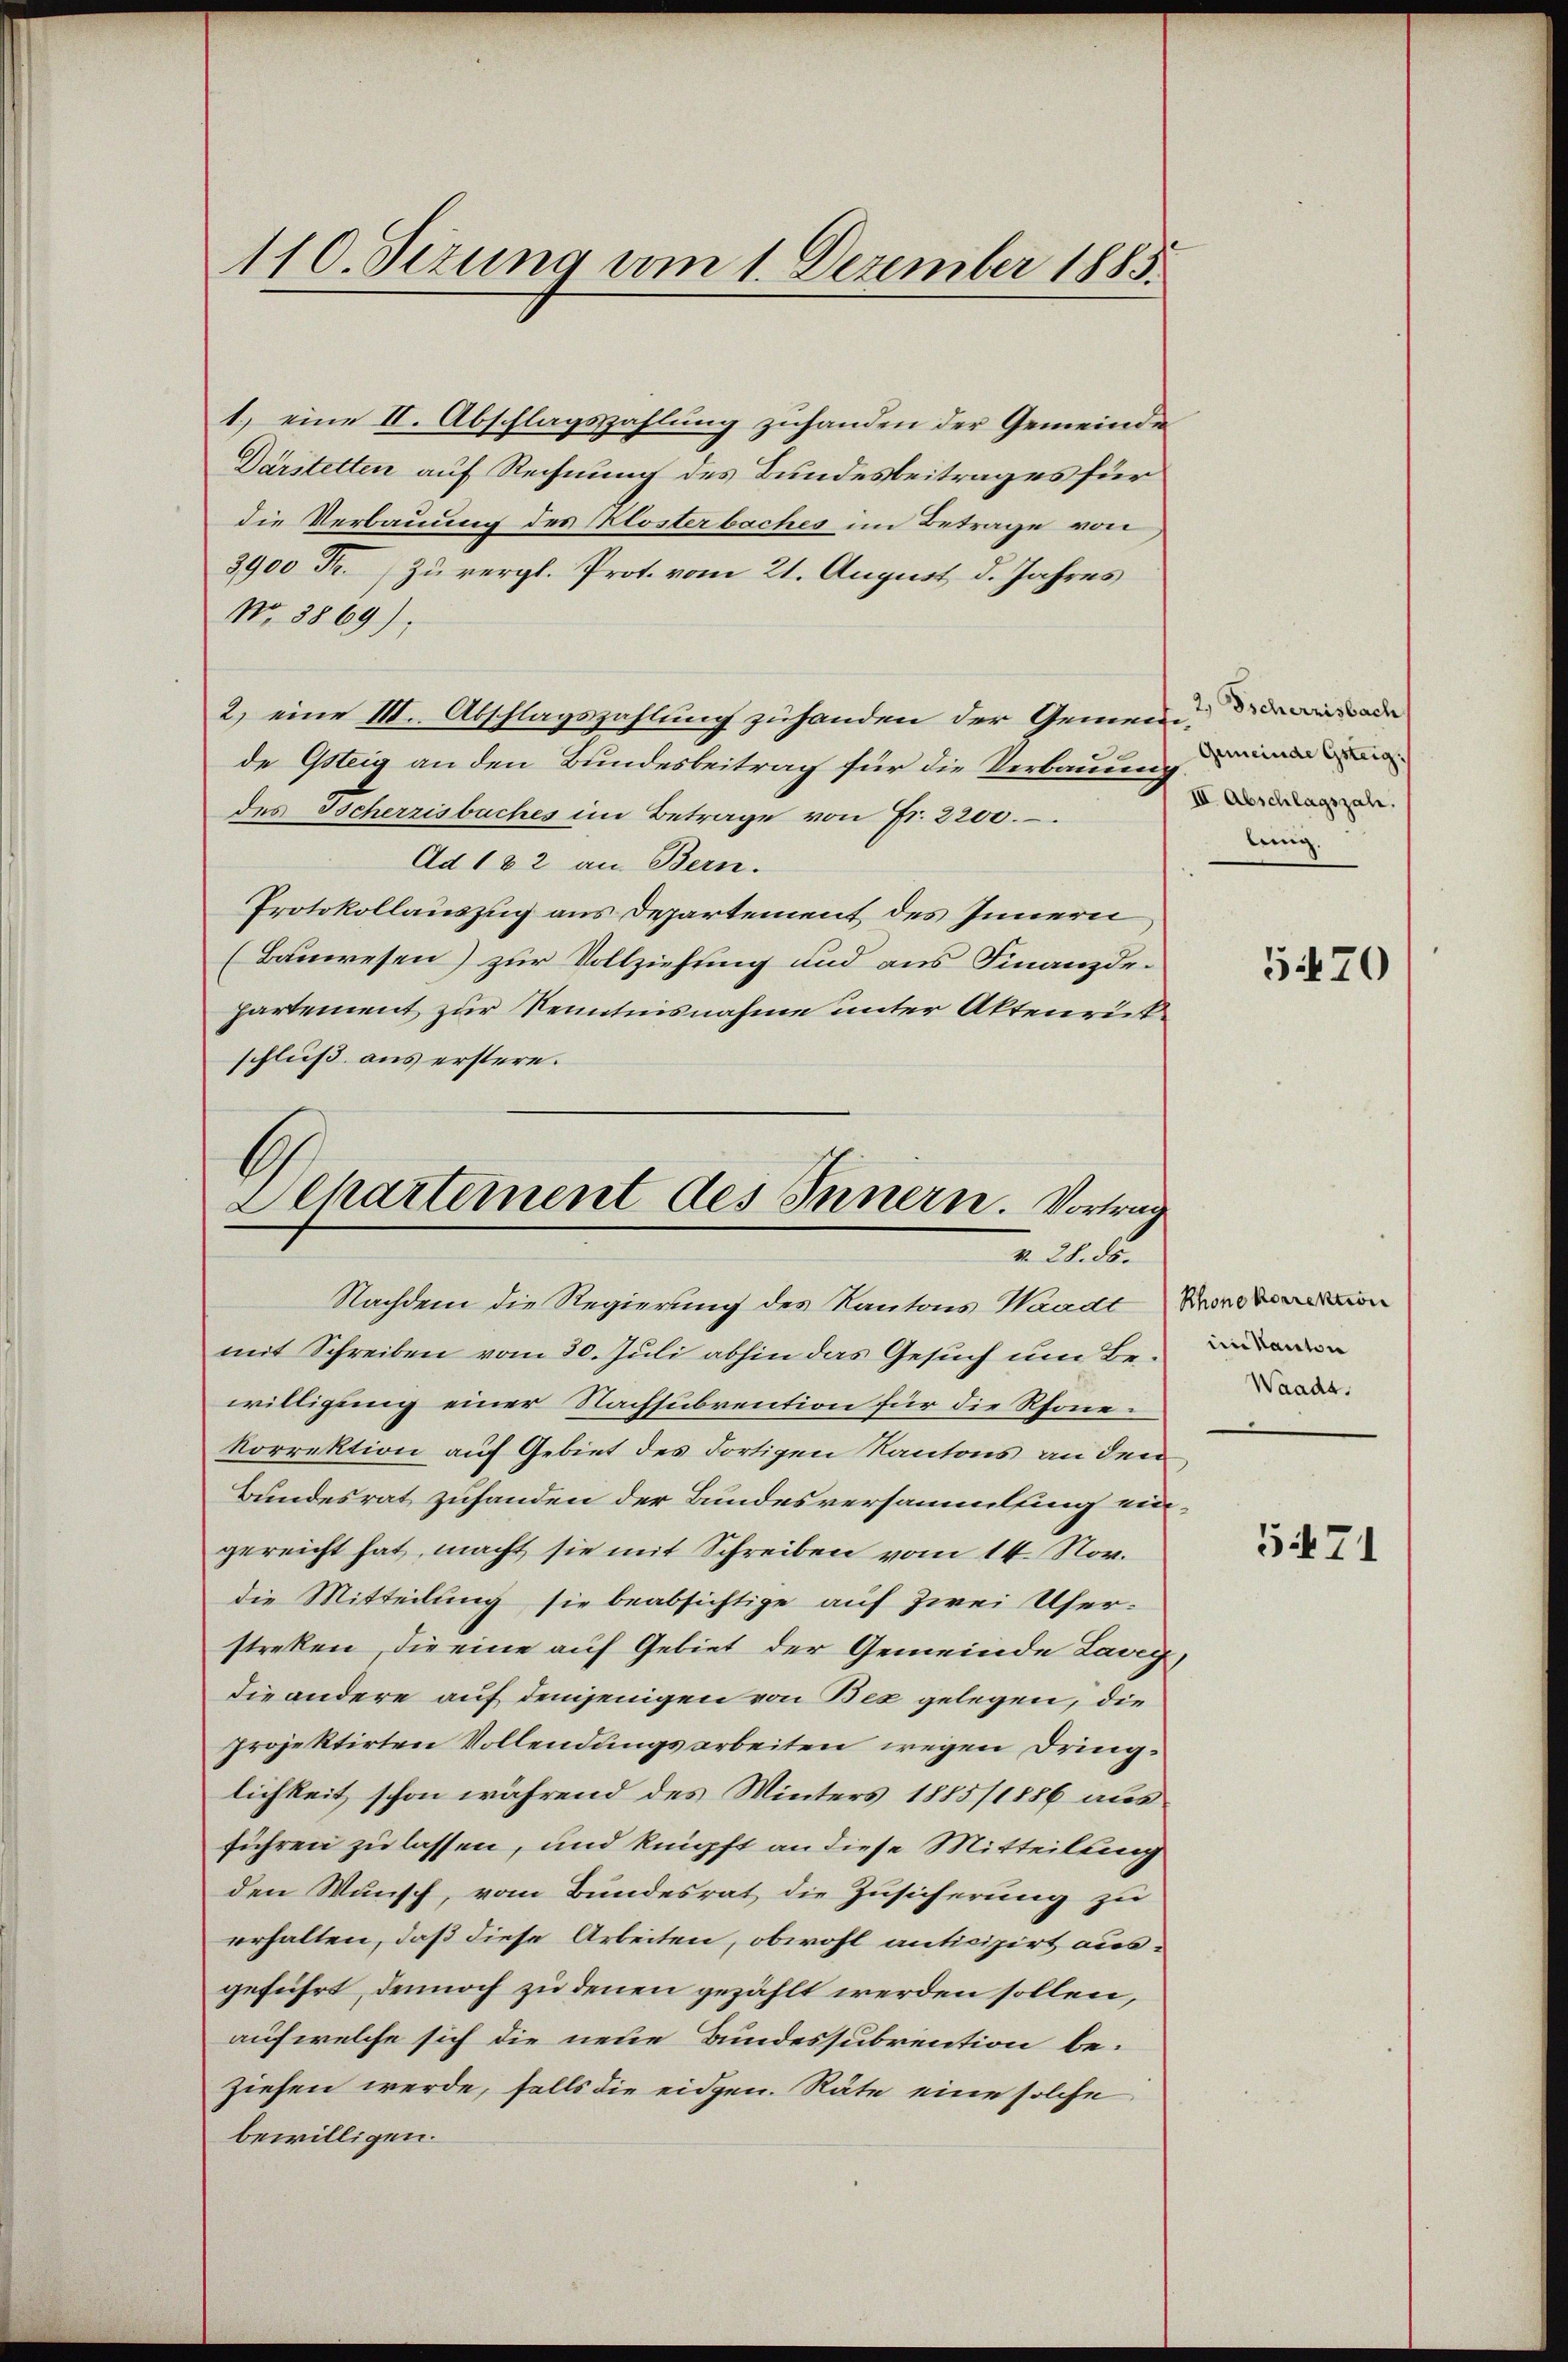
110. Sizung vom 1. Dezember 1885.

1) eine II. Abschlagszahlung zuhanden der Gemeinde
Därstetten auf Rechnung des Bundesbeitrages für
die Verbauung des Klosterbaches im Betrage von
3900 Fr. Zu vergl. Prot. vom 21. August d. Jahres
No. 3869).
2) eine III. Abschlagszahlung zuhanden der Gemeinderade
de Gsteig an den Bundesbeitrag für die Verbauung
des Tscherrisbaches im Betrage von Fr. 2200.
Ad 182 an Bern.
Protokollauszug aus Departement des Innern
(Bauwesen) zur Vollziehung und aus Finanzdepartement zur Kenntnisnahme unter Aktenrückschluß aus erstere.
G
Departement des Innern. Vortrag

v. 28. ds.

Nachdem die Regierung des Kantons Waadt Bon
mit Schreiben vom 20. Juli abhin das Gesuch um Bewilligung einer Nachsubvention für die Rhonekorrektion auf Gebiet des dortigen Kantons an den
Bundesrat zuhanden der Bundesversammlung eingereicht hat, macht sie mit Schreiben vom 14. Nov.
die Mitteilung sie beabsichtige auf zwei User-
streken, die eine auf Gebiet der Gemeinde Lang,
die andere auf demjenigen von Bex gelegen, die
projektirten Vollendungsarbeiten wegen Dringlichkeit, schon während des Winters 1885/1886 aus
führen zu lassen, und knüpft an diese Mitteilung
den Wunsch, vom Bundesrat die Zusicherung zu
erhalten, daß diese Arbeiten, obwohl anticipirt ausgeführt, dennoch zu denen gezählt werden sollen,
auf welche sich die neue Bundessubrention be-
ziehen werde, falls die eidgen. Räte eine solche
bewilligen.

Gemeinde Gsteig.
III. Abschlagszahr.
lung.

570

im Kanton
Waadt.

5471